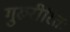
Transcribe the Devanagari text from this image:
गुरुरीरितः